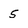
Character: 5